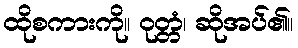
ထိုစကားကို။ ဝုတ္တံ၊ ဆိုအပ်၏။